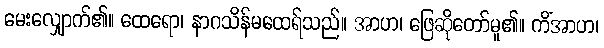
မေးလျှောက်၏။ ထေရော၊ နာဂသိန်မထေရ်သည်။ အာဟ၊ ဖြေဆိုတော်မူ၏။ ကိံအာဟ၊